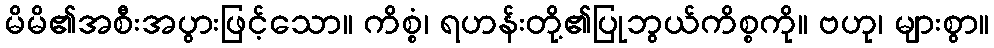
မိမိ၏အစီးအပွားဖြင့်သော။ ကိစ္စံ၊ ရဟန်းတို့၏ပြုဘွယ်ကိစ္စကို။ ဗဟု၊ များစွာ။